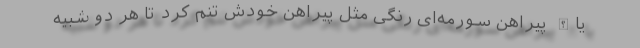
یاالله پیراهن سورمه‌ای رنگی مثل پیراهن خودش تنم کرد تا هر دو شبیه